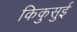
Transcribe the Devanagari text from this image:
किकुसुई